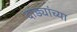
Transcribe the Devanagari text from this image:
दांड्यांच्या